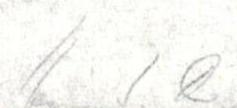
E. S. R.